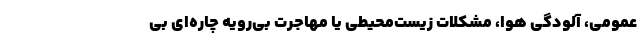
عمومی، آلودگی هوا، مشکلات زیست‌محیطی یا مهاجرت بی‌رویه چاره‌ای بی